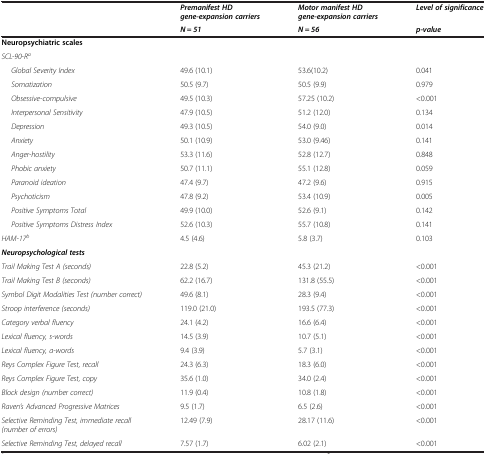
<table><thead><tr><td rowspan="2"><b> </b></td><td><b><i>Premanifest HD gene-expansion carriers</i></b></td><td><b><i>Motor manifest HD gene-expansion carriers</i></b></td><td><b><i>Level of significance</i></b></td></tr><tr><td><b><i>N = 51</i></b></td><td><b><i>N = 56</i></b></td><td><b><i>p-value</i></b></td></tr></thead><tbody><tr><td><b>Neuropsychiatric scales</b></td><td> </td><td> </td><td> </td></tr><tr><td><i>SCL-90-R</i><sup><i>a</i></sup></td><td> </td><td> </td><td> </td></tr><tr><td><i>Global Severity Index</i></td><td>49.6 (10.1)</td><td>53.6(10.2)</td><td>0.041</td></tr><tr><td><i>Somatization</i></td><td>50.5 (9.7)</td><td>50.5 (9.9)</td><td>0.979</td></tr><tr><td><i>Obsessive-compulsive</i></td><td>49.5 (10.3)</td><td>57.25 (10.2)</td><td>&lt;0.001</td></tr><tr><td><i>Interpersonal Sensitivity</i></td><td>47.9 (10.5)</td><td>51.2 (12.0)</td><td>0.134</td></tr><tr><td><i>Depression</i></td><td>49.3 (10.5)</td><td>54.0 (9.0)</td><td>0.014</td></tr><tr><td><i>Anxiety</i></td><td>50.1 (10.9)</td><td>53.0 (9.46)</td><td>0.141</td></tr><tr><td><i>Anger-hostility</i></td><td>53.3 (11.6)</td><td>52.8 (12.7)</td><td>0.848</td></tr><tr><td><i>Phobic anxiety</i></td><td>50.7 (11.1)</td><td>55.1 (12.8)</td><td>0.059</td></tr><tr><td><i>Paranoid ideation</i></td><td>47.4 (9.7)</td><td>47.2 (9.6)</td><td>0.915</td></tr><tr><td><i>Psychoticism</i></td><td>47.8 (9.2)</td><td>53.4 (10.9)</td><td>0.005</td></tr><tr><td><i>Positive Symptoms Total</i></td><td>49.9 (10.0)</td><td>52.6 (9.1)</td><td>0.142</td></tr><tr><td><i>Positive Symptoms Distress Index</i></td><td>52.6 (10.3)</td><td>55.7 (10.8)</td><td>0.141</td></tr><tr><td><i>HAM-17</i><sup><i>b</i></sup></td><td>4.5 (4.6)</td><td>5.8 (3.7)</td><td>0.103</td></tr><tr><td><b><i>Neuropsychological tests</i></b></td><td> </td><td> </td><td> </td></tr><tr><td><i>Trail Making Test A (seconds)</i></td><td>22.8 (5.2)</td><td>45.3 (21.2)</td><td>&lt;0.001</td></tr><tr><td><i>Trail Making Test B (seconds)</i></td><td>62.2 (16.7)</td><td>131.8 (55.5)</td><td>&lt;0.001</td></tr><tr><td><i>Symbol Digit Modalities Test (number correct)</i></td><td>49.6 (8.1)</td><td>28.3 (9.4)</td><td>&lt;0.001</td></tr><tr><td><i>Stroop interference (seconds)</i></td><td>119.0 (21.0)</td><td>193.5 (77.3)</td><td>&lt;0.001</td></tr><tr><td><i>Category verbal fluency</i></td><td>24.1 (4.2)</td><td>16.6 (6.4)</td><td>&lt;0.001</td></tr><tr><td><i>Lexical fluency, s-words</i></td><td>14.5 (3.9)</td><td>10.7 (5.1)</td><td>&lt;0.001</td></tr><tr><td><i>Lexical fluency, a-words</i></td><td>9.4 (3.9)</td><td>5.7 (3.1)</td><td>&lt;0.001</td></tr><tr><td><i>Reys Complex Figure Test, recall</i></td><td>24.3 (6.3)</td><td>18.3 (6.0)</td><td>&lt;0.001</td></tr><tr><td><i>Reys Complex Figure Test, copy</i></td><td>35.6 (1.0)</td><td>34.0 (2.4)</td><td>&lt;0.001</td></tr><tr><td><i>Block design (number correct)</i></td><td>11.9 (0.4)</td><td>10.8 (1.8)</td><td>&lt;0.001</td></tr><tr><td><i>Raven’s Advanced Progressive Matrices</i></td><td>9.5 (1.7)</td><td>6.5 (2.6)</td><td>&lt;0.001</td></tr><tr><td><i>Selective Reminding Test, immediate recall (number of errors)</i></td><td>12.49 (7.9)</td><td>28.17 (11.6)</td><td>&lt;0.001</td></tr><tr><td><i>Selective Reminding Test, delayed recall</i></td><td>7.57 (1.7)</td><td>6.02 (2.1)</td><td>&lt;0.001</td></tr></tbody></table>